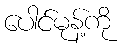
ပေါင်မုန့်ကို